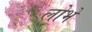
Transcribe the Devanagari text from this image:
लोभे